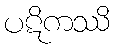
ပဋိကဿိ